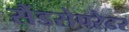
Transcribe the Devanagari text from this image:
सैंडसेपरेटर